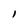
Character: l